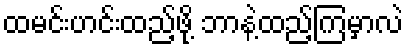
ထမင်းဟင်းထည့်ဖို့ ဘာနဲ့ထည့်ကြမှာလဲ